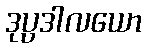
ဒုပ္ပဒါလယော